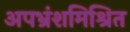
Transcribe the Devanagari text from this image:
अपभ्रंशमिश्रित